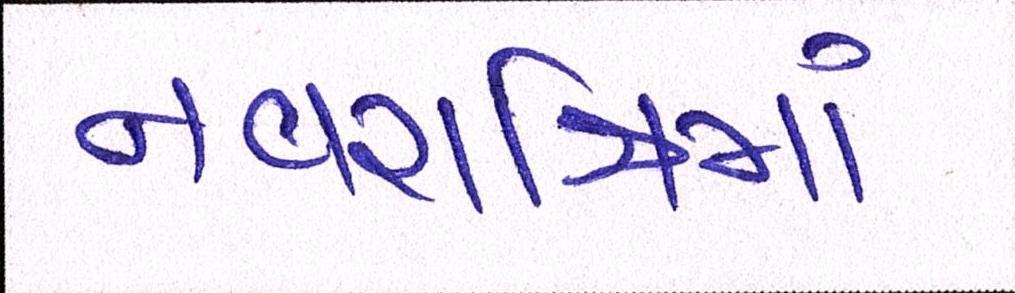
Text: નવરાત્રિમાં